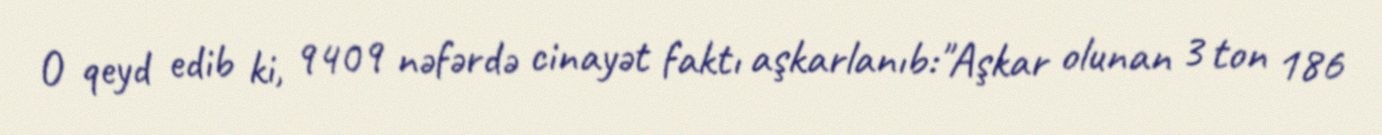
O qeyd edib ki, 9409 nəfərdə cinayət faktı aşkarlanıb:"Aşkar olunan 3 ton 186